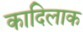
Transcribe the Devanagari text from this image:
कादिलाक